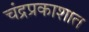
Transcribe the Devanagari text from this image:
चंद्रप्रकाशात